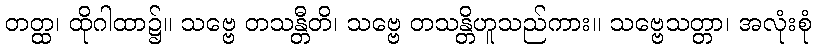
တတ္ထ၊ ထိုဂါထာ၌။ သဗ္ဗေ တသန္တီတိ၊ သဗ္ဗေ တသန္တိဟူသည်ကား။ သဗ္ဗေသတ္တာ၊ အလုံးစုံ